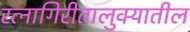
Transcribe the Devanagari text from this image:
रत्‍नागिरीतालुक्यातील